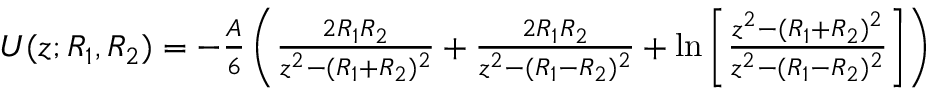
{ \begin{array} { r l } & { U ( z ; R _ { 1 } , R _ { 2 } ) = - { \frac { A } { 6 } } \left( { \frac { 2 R _ { 1 } R _ { 2 } } { z ^ { 2 } - ( R _ { 1 } + R _ { 2 } ) ^ { 2 } } } + { \frac { 2 R _ { 1 } R _ { 2 } } { z ^ { 2 } - ( R _ { 1 } - R _ { 2 } ) ^ { 2 } } } + \ln \left[ { \frac { z ^ { 2 } - ( R _ { 1 } + R _ { 2 } ) ^ { 2 } } { z ^ { 2 } - ( R _ { 1 } - R _ { 2 } ) ^ { 2 } } } \right] \right) } \end{array} }